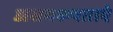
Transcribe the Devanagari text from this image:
असमरूपताएं